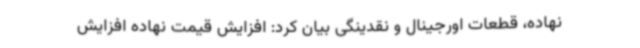
نهاده، قطعات اورجینال و نقدینگی بیان کرد: افزایش قیمت نهاده افزایش